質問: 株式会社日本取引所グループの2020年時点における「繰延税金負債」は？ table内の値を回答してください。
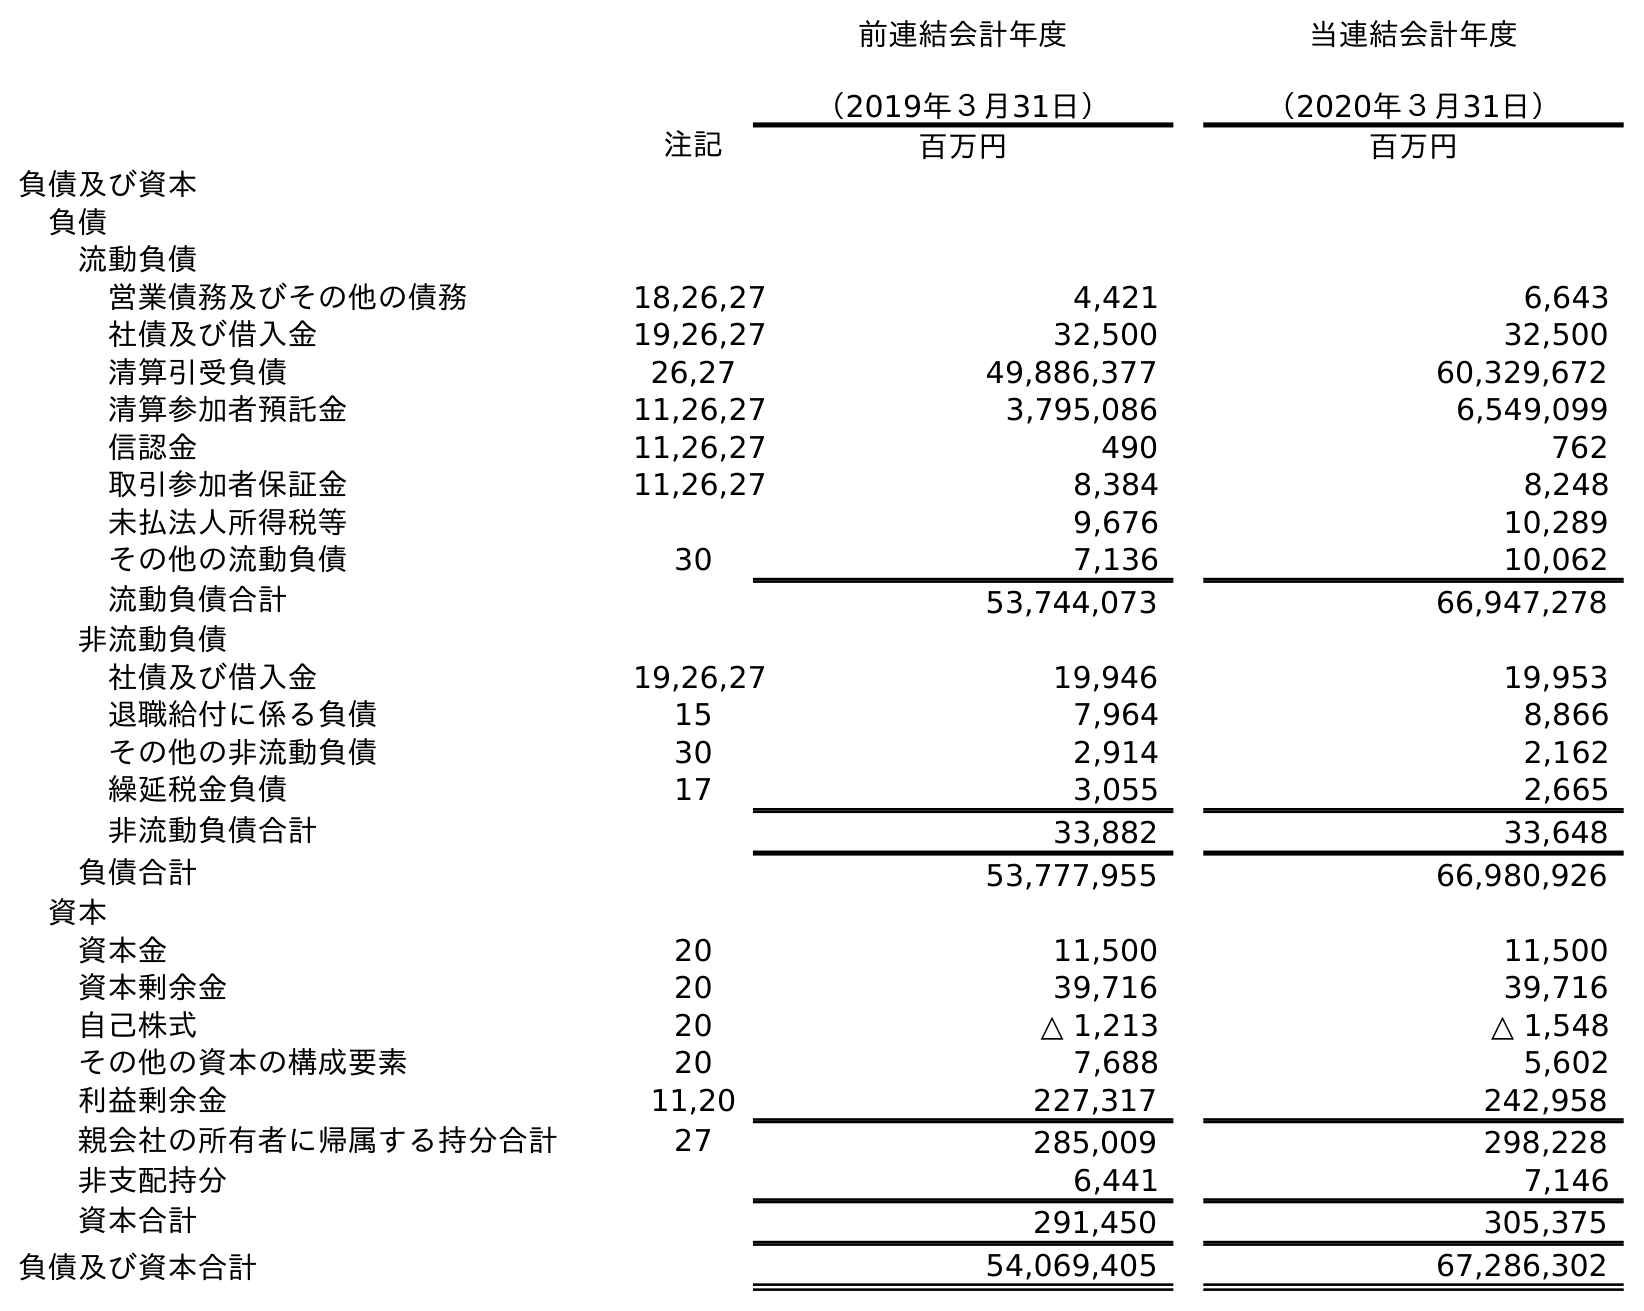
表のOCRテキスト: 前連結会計年度 （2019年３月31日） 当連結会計年度 （2020年３月31日） 注記 百万円 百万円 負債及び資本 負債 流動負債 営業債務及びその他の債務 18,26,27 4,421 6,643 社債及び借入金 19,26,27 32,500 32,500 清算引受負債 26,27 49,886,377 60,329,672 清算参加者預託金 11,26,27 3,795,086 6,549,099 信認金 11,26,27 490 762 取引参加者保証金 11,26,27 8,384 8,248 未払法人所得税等 9,676 10,289 その他の流動負債 30 7,136 10,062 流動負債合計 53,744,073 66,947,278 非流動負債 社債及び借入金 19,26,27 19,946 19,953 退職給付に係る負債 15 7,964 8,866 その他の非流動負債 30 2,914 2,162 繰延税金負債 17 3,055 2,665 非流動負債合計 33,882 33,648 負債合計 53,777,955 66,980,926 資本 資本金 20 11,500 11,500 資本剰余金 20 39,716 39,716 自己株式 20 △ 1,213 △ 1,548 その他の資本の構成要素 20 7,688 5,602 利益剰余金 11,20 227,317 242,958 親会社の所有者に帰属する持分合計 27 285,009 298,228 非支配持分 6,441 7,146 資本合計 291,450 305,375 負債及び資本合計 54,069,405 67,286,302
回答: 2,665